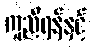
ကူညီရန်နှင့်